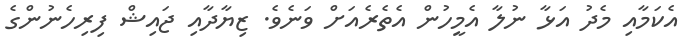
އެކަމާއި މެދު އަޅާ ނުލާ އެމީހުން އެތެރެއަށް ވަނެވެ. ޒިޔާދާއި ޖައިޝް ފިރިހެނުންގެ